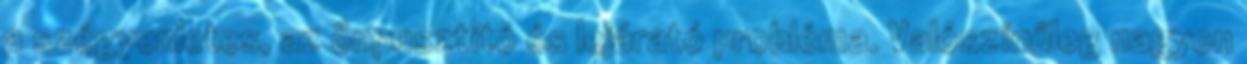
a szégyenletes, az önpusztító és lejárató probléma. Valószínűleg nagyon